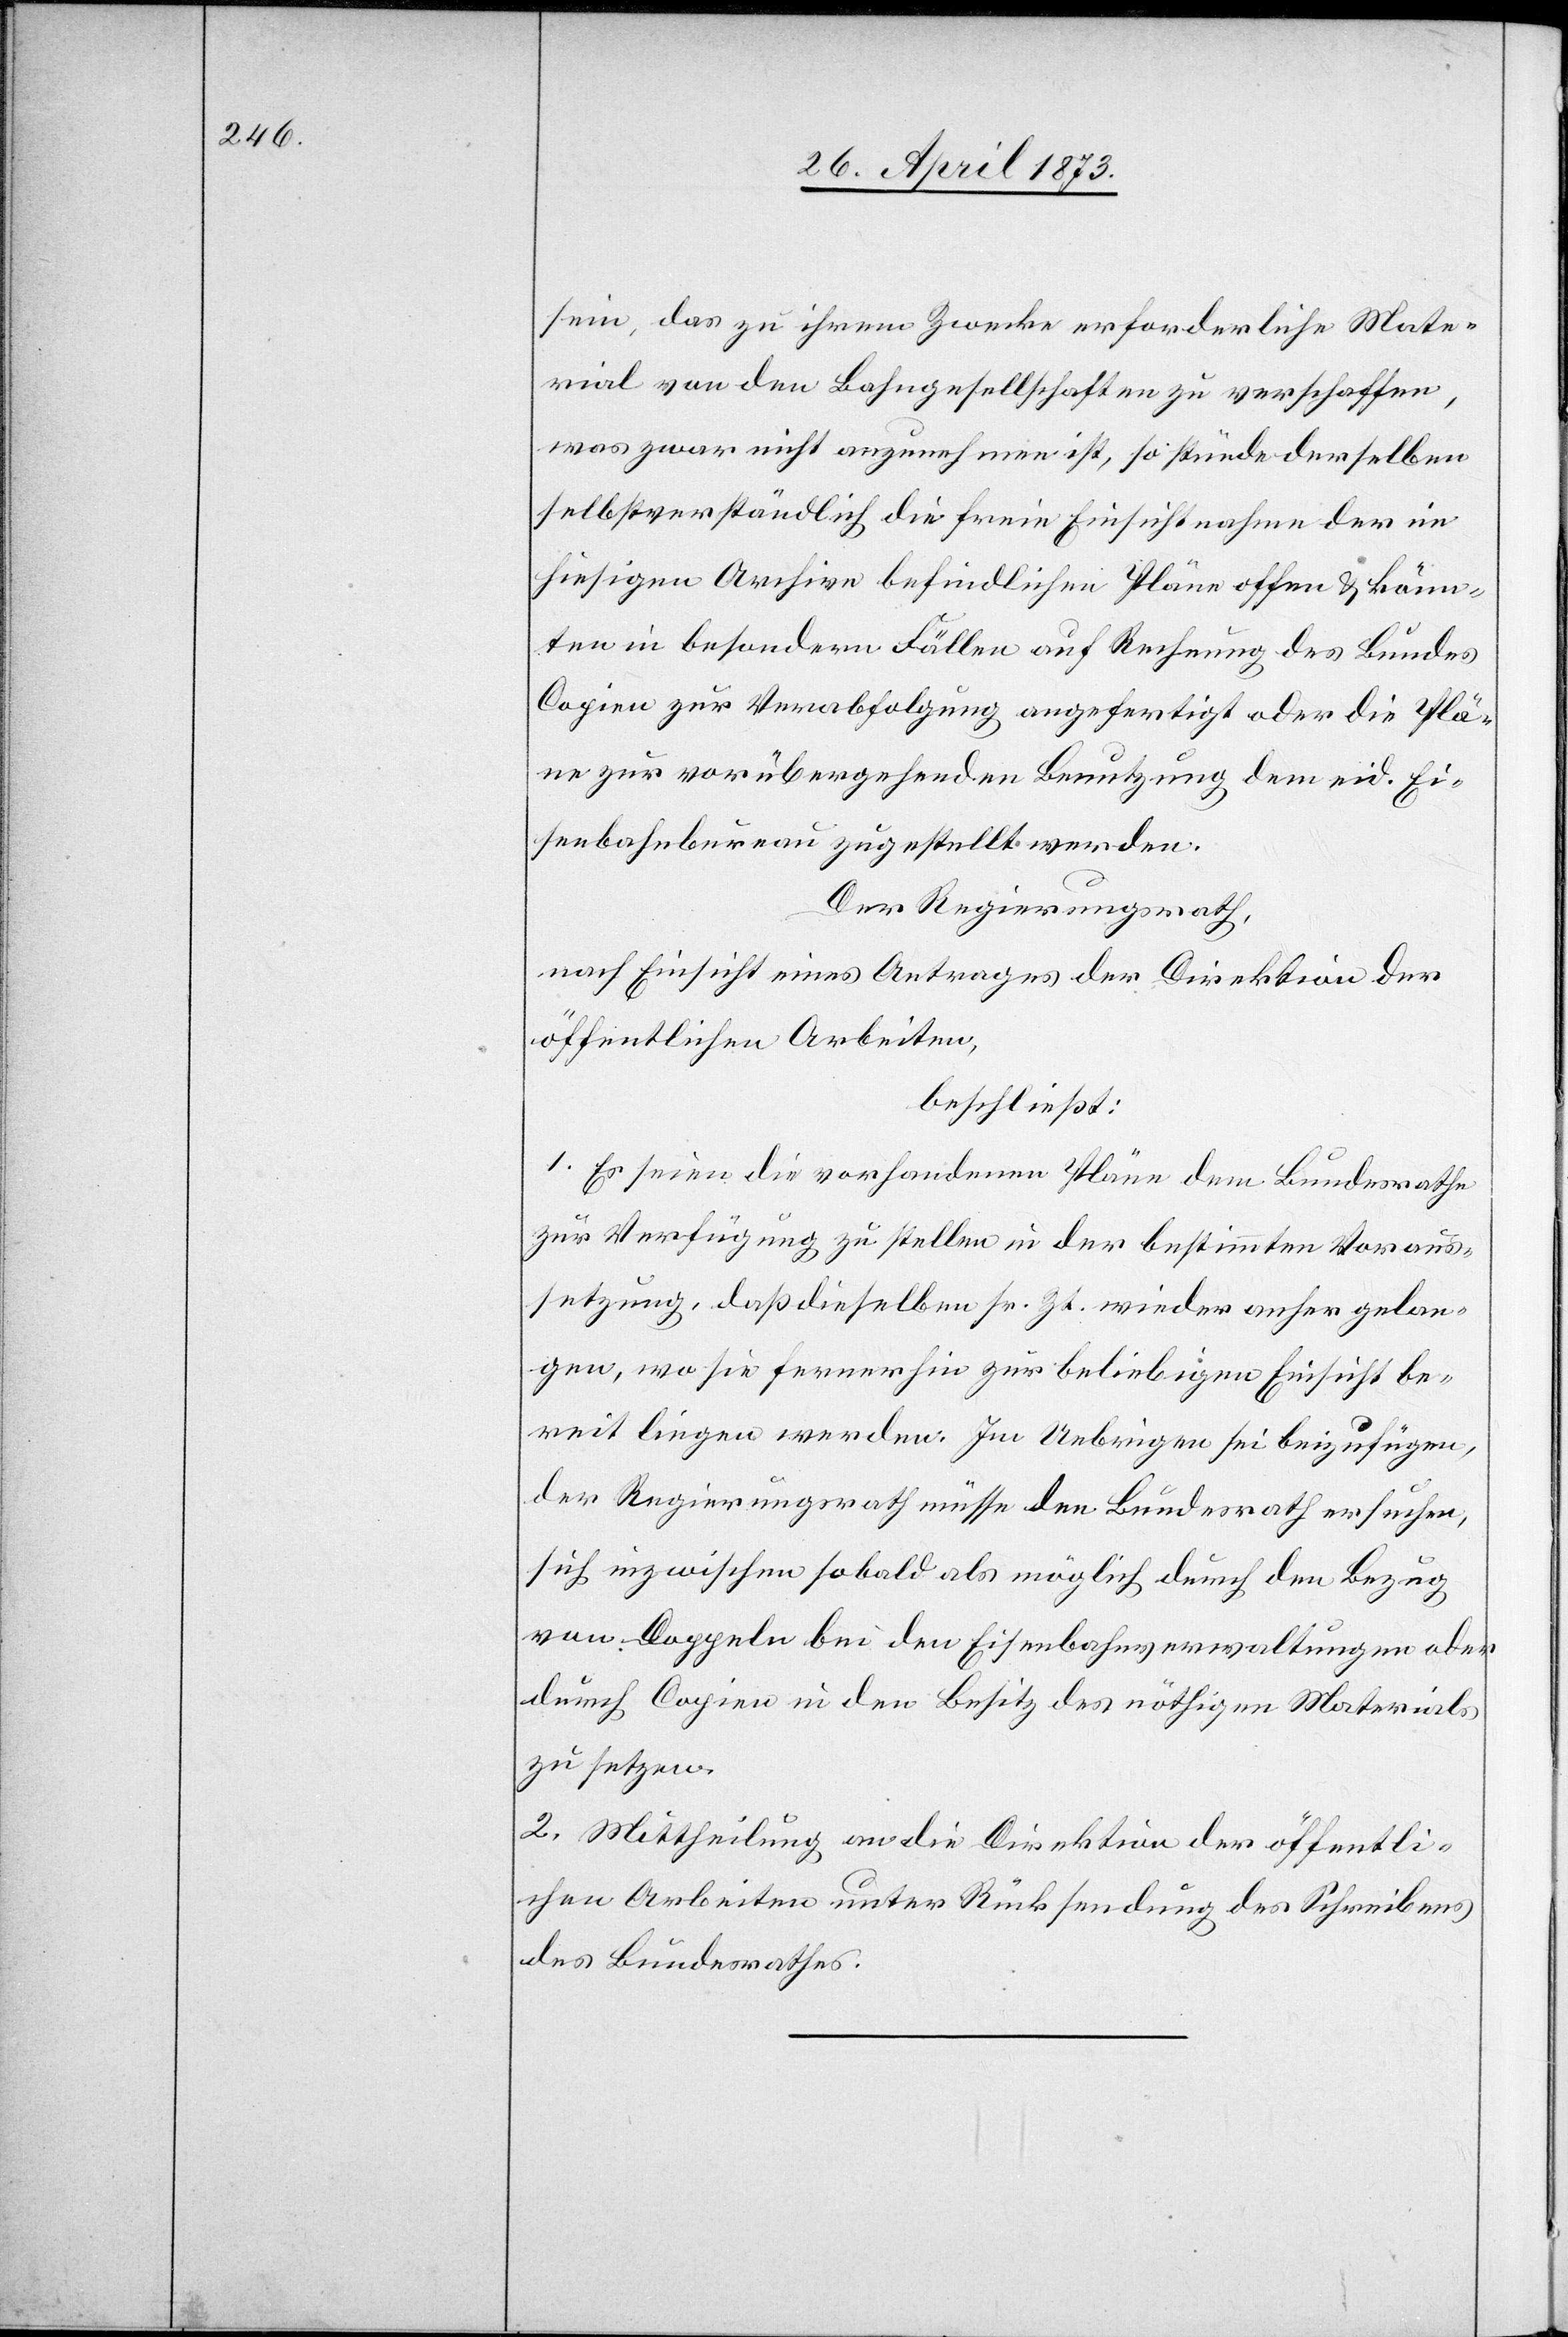
sein, das zu ihrem Zwecke erforderliche Mate¬
rial von den Bahngesellschaften zu verschaffen,
was zwar nicht anzunehmen ist, so stünde derselben
selbstverständlich die freie Einsichtnahme der im
hiesigen Archive befindlichen Pläne offen & könn¬
ten in besondern Fällen auf Rechnung des Bundes
Copien zur Verabfolgung angefertigt oder die Plä¬
ne zur vorübergehenden Benutzung dem eid. Ei¬
senbahnbureau zugestellt werden.
Der Regierungsrath,
nach Einsicht eines Antrages der Direktion der
öffentlichen Arbeiten,
beschließt:
1. Es seien die vorhandenen Pläne dem Bundesrathe
zur Verfügung zu stellen in der bestimmten Voraus¬
setzung, daß dieselben sr. Zt. wieder anher gelan¬
gen, wo sie fernerhin zur beliebigen Einsicht be¬
reit liegen werden. Im Uebrigen sei beizufügen,
der Regierungsrath müsse den Bundesrath ersuchen,
sich inzwischen sobald als möglich durch den Bezug
von Doppeln bei den Eisenbahnverwaltungen oder
durch Copien in den Besitz des nöthigen Materials
zu setzen.
2. Mittheilung an die Direktion der öffentli¬
chen Arbeiten unter Rücksendung des Schreibens
des Bundesrathes.